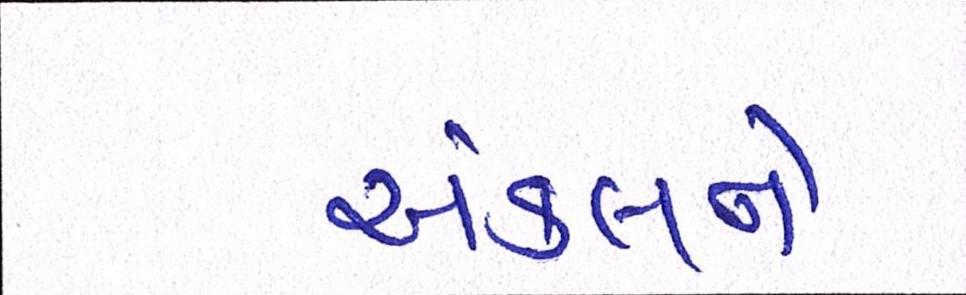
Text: અંકલને